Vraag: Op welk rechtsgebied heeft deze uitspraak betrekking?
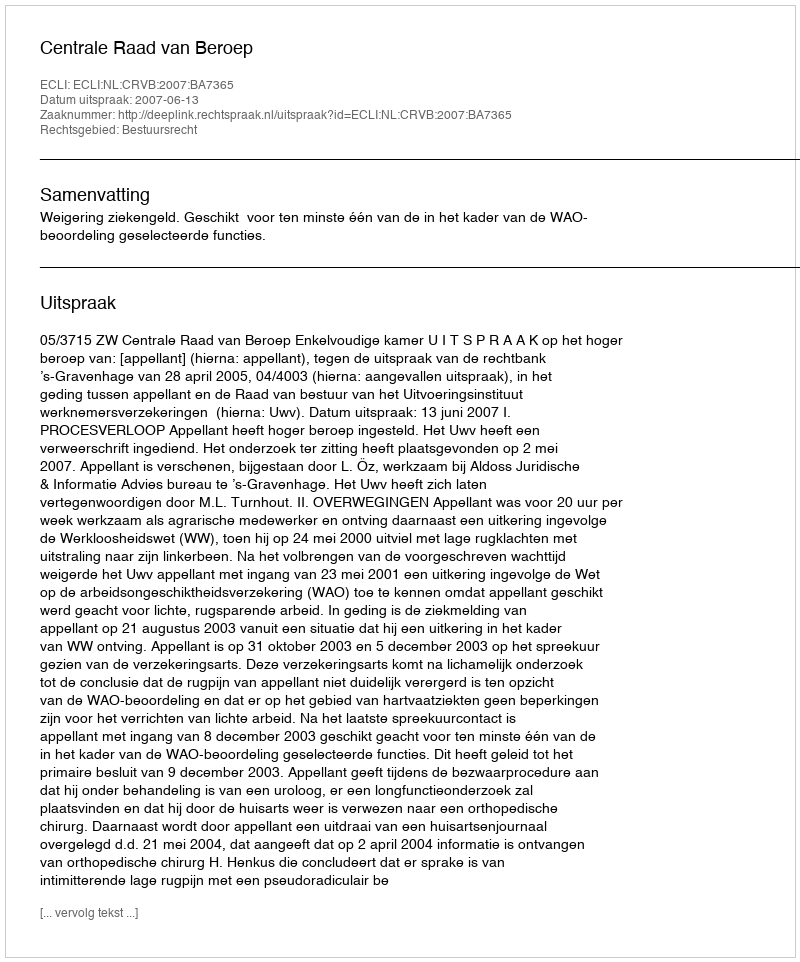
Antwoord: Bestuursrecht